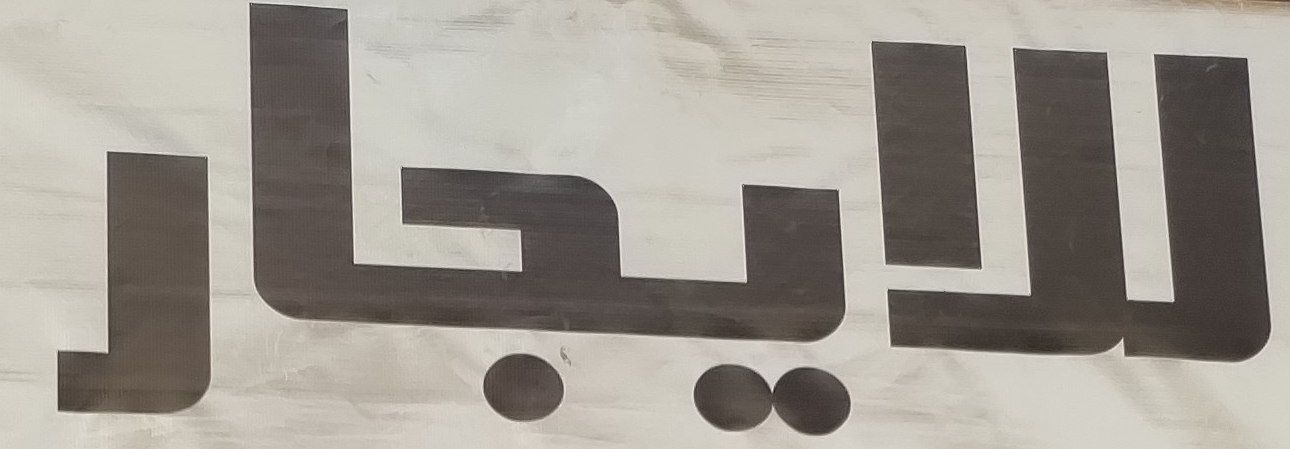
للايجار